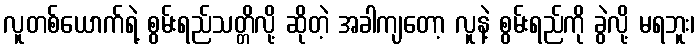
လူတစ်ယောက်ရဲ့ စွမ်းရည်သတ္တိလို့ ဆိုတဲ့ အခါကျတော့ လူနဲ့ စွမ်းရည်ကို ခွဲလို့ မရဘူး၊